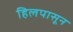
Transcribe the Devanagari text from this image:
हिलपासून